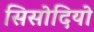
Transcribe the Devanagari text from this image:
सिसोदियो